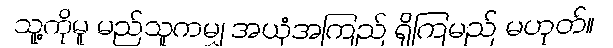
သူ့ကိုမူ မည်သူကမျှ အယုံအကြည် ရှိကြမည် မဟုတ်။